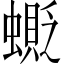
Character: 𧒅